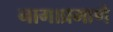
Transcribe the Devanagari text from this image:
नागाप्रमाणे